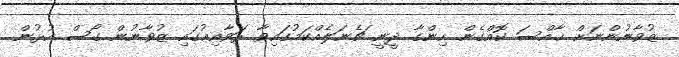
ޒުވާނުންނަށް ޚާއްސަ ކޮއްގެން ހިންގާ ދީނީ ޗެނަލެއްކަމުގައިވާ ރަވާއިޢުގައި ޒުވާނުން ގޯސް އުޅުން